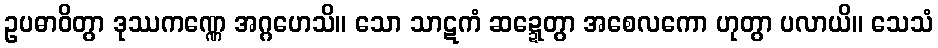
ဥပဓာဝိတွာ ဒုဿကဏ္ဏေ အဂ္ဂဟေသိ။ သော သာဋကံ ဆဍ္ဍေတွာ အစေလကော ဟုတွာ ပလာယိ။ သေသံ